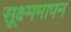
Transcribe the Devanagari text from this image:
सूक्ष्ममापन